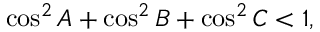
\cos ^ { 2 } A + \cos ^ { 2 } B + \cos ^ { 2 } C < 1 ,